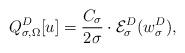
LaTeX: \begin{align*}Q_{\sigma ,\Omega}^D[u]=\frac {C_\sigma }{2\sigma }\cdot {\cal E}_\sigma ^D(w_\sigma ^D),\end{align*}